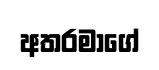
අතරමාගේ